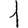
Digit: 1